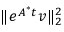
\| e ^ { \b { A } ^ { * } t } \b { v } \| _ { 2 } ^ { 2 }